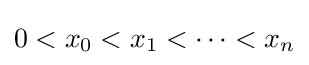
0<x_{0}<x_{1}<\cdots <x_{n}